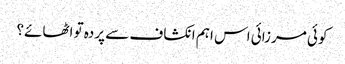
کوئی مرزائی اس اہم انکشاف سے پردہ تو اٹھائے؟